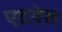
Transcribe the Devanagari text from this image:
एटवेल